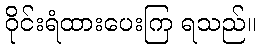
ဝိုင်းရံထားပေးကြ ရသည်။